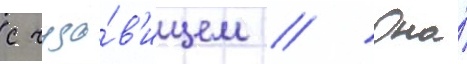
с чудо́в'ищем // Она́